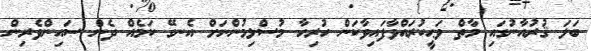
ބަލަ ޤުރުއާނުގައި މާތް ވަޙީކުރައްވާފައިވާކަން ހުރިހާ މުސްލިމުންނަށް އެނގޭ ކަމެއް ދެން ސައިންވެރިން